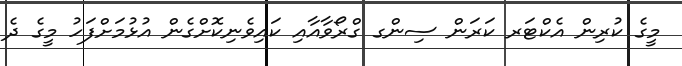
މީގެ ކުރިން އެކްޓަރ ކަރަން ސިންގ ގްރޯވާއާއި ކައިވެނިކޮށްގެން އުޅުމަށްފަހު މީގެ ދެ